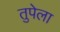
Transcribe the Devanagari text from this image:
तुपेला